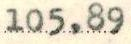
105,89